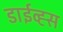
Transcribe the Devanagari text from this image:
डाईव्ह्स